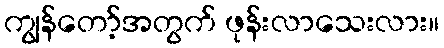
ကျွန်တော့်အတွက် ဖုန်းလာသေးလား။